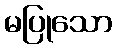
မပြုသော